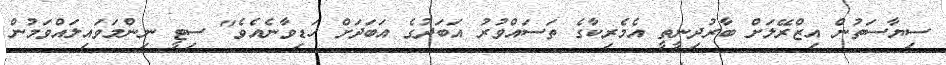
ސިޔާސަތުން އިޒްރޭލަށް ބާރުދިނީތީ އެމެރިކާގެ ތަސައްވުރު އަބަދުގެ އަބަދަށް ހަޑިވާނެއެވެ" ސިޓީ ނިންމަވައިލައްވަމުން